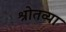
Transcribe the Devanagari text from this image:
श्रोतव्या